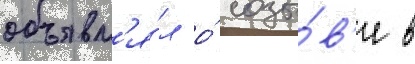
объявл'я́л о́ созы́в'е в